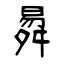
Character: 曻